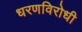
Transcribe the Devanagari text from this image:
धरणविरोधी